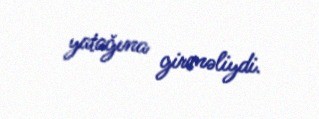
yatağına girməliydi.